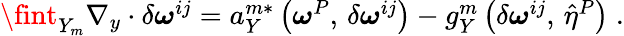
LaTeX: \begin{array}{r}{\fint_{Y_{m}}\nabla_{y}\cdot\delta\boldsymbol{\omega}^{ij}=a_{Y}^{m*}\left({\boldsymbol{\omega}^{P}},\, {\delta\boldsymbol{\omega}^{ij}}\right)-g_{Y}^{m}\left({\delta\boldsymbol{\omega}^{ij}},\, {\hat{\eta}^{P}}\right)\; .}\end{array}